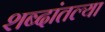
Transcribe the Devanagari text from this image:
शब्दांतल्या